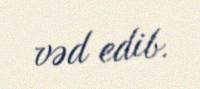
vəd edib.